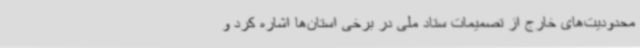
محدودیت‌های خارج از تصمیمات ستاد ملی در برخی استان‌ها اشاره کرد و